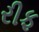
રીફ